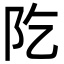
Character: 阣